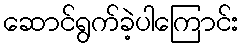
ဆောင်ရွက်ခဲ့ပါကြောင်း